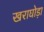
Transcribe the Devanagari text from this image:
खराघोड़ा